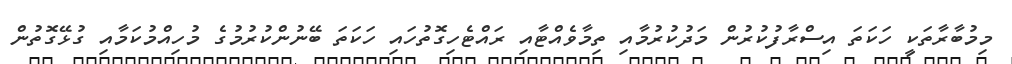
މިމުބާރާތަކީ ހަކަތަ އިސްރާފުކުރުން މަދުކުރުމާއި ތިމާވެއްޓާއި ރައްޓެހިގޮތުހައި ހަކަތަ ބޭނުންކުރުމުގެ މުހިއްމުކަމާއި ގުޅޭގޮތުން